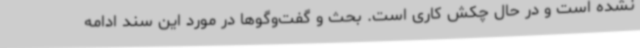
نشده است و در حال چکش کاری است. بحث و گفت‌وگوها در مورد این سند ادامه